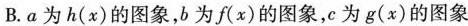
B. a为h(x)的图象，b为f(x)的图象，c为g(x)的图象